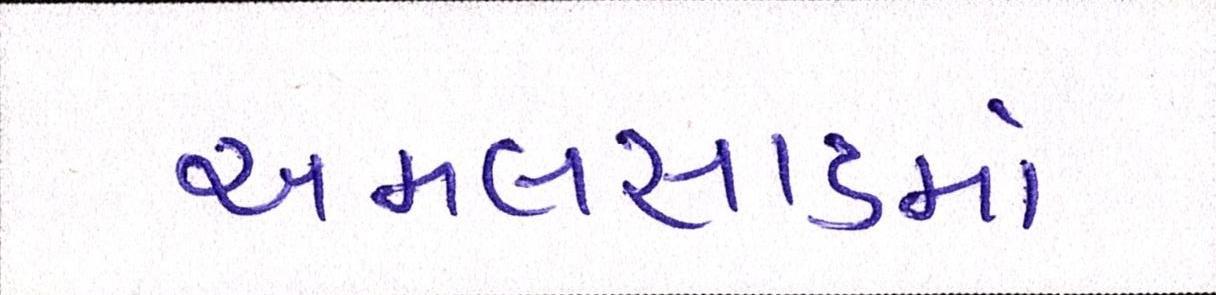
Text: અમલસાડમાં